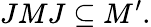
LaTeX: JMJ\subseteq M^{\prime}.